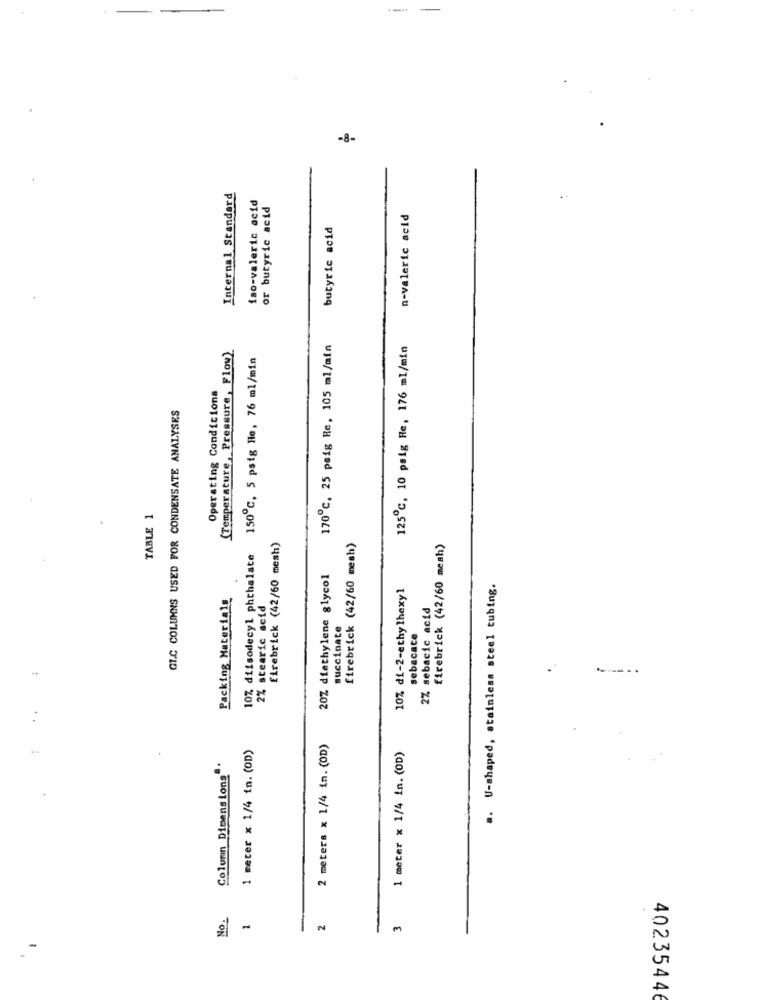
-
-
-8-
Internal Standard
iso-valeric acid
or butyric acid
..
n-valeric acid
butyric acid
(Temperature, Pressure, Flow)
170℃, 25 psig Re, 105 ml/min
125℃, 10 psig He, 176 ml/min
150℃, 5 psig He, 76 ml/min
Operating Conditions
GL.C COLUMNS USED FOR CONDENSATE ANALYSES
TABLE 1
firebrick (42/60 mesh)
firebrick (42/60 mesh)
firebrick (42/60 mesh)
10%, diisodecyl phthalate
20% diethylene glycol
10% di-2-ethylhexy1
a. U-shaped, stainless steel tubing.
Packing Materialg
2% stearic acid
2% sebacic acid
succinate
sebacate
1 meter x 1/4 in. (OD)
2 meters x 1/4 in. (OD)
1 meter x 1/4 in. (OD)
Column Dimens ions
No.
.
2
3
9 -
40235446